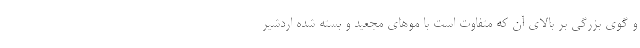
و گوی بزرگی بر بالای آن که متفاوت است با موهای مجعید و بسته شده اردشیر